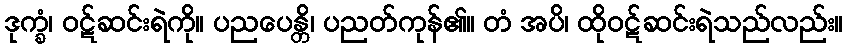
ဒုက္ခံ၊ ဝဋ်ဆင်းရဲကို။ ပညပေန္တိ၊ ပညတ်ကုန်၏။ တံ အပိ၊ ထိုဝဋ်ဆင်းရဲသည်လည်း။